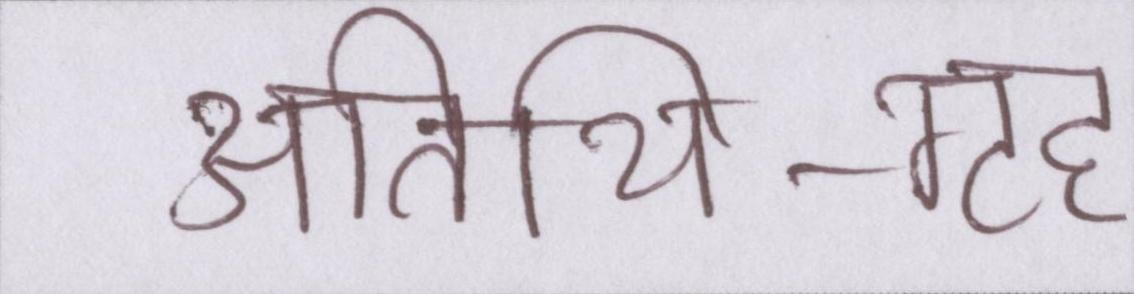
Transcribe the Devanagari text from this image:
अतिथि-गृह